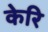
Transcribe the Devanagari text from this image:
केरि